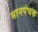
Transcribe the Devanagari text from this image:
मानपंचक